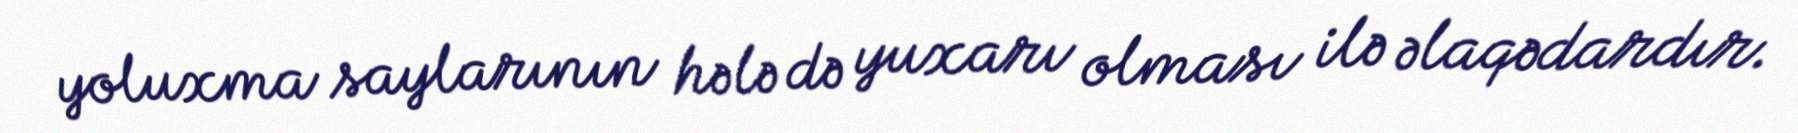
yoluxma saylarının hələ də yuxarı olması ilə əlaqədardır.